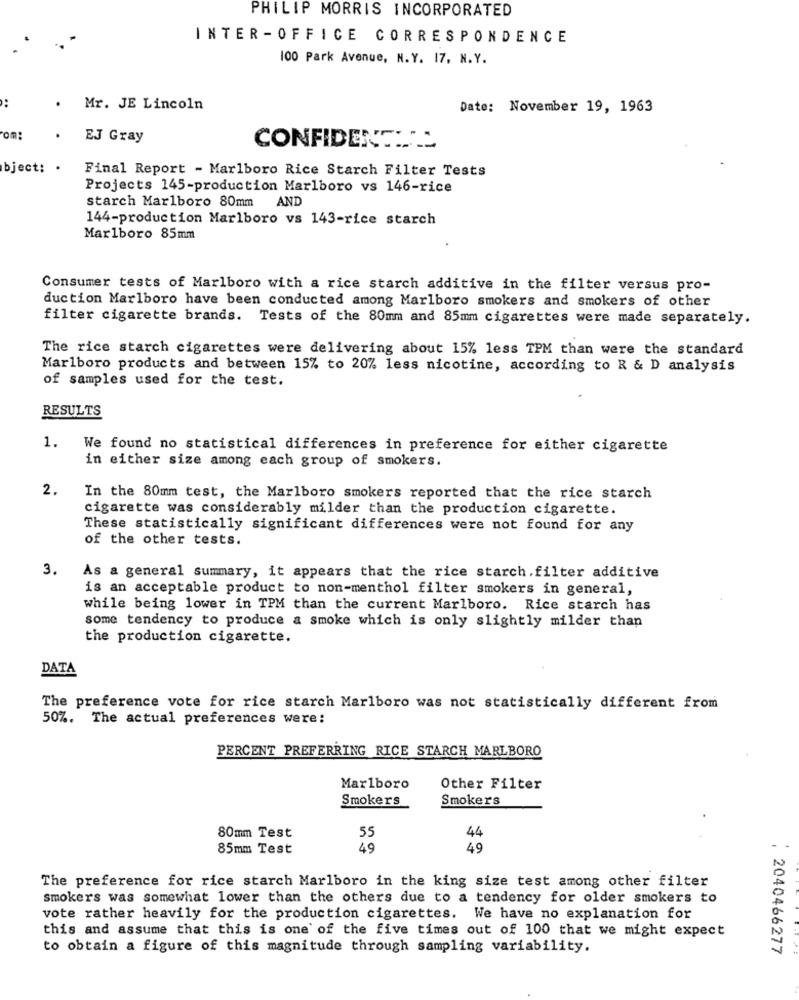
PHILIP MORRIS INCORPORATED
INTER-OFFICE CORRESPONDENCE
100 Park Avenue, N.Y. 17, N.Y.
..
.
Mr. JE Lincoln
Date: November 19, 1963
EJ Gray
CONFIDENT ___
bject: .
Final Report - Marlboro Rice Starch Filter Tests
Projects 145-production Marlboro vs 146-rice
starch Marlboro 80mm AND
144-production Marlboro vs 143-rice starch
Marlboro 85mm
Consumer tests of Marlboro with a rice starch additive in the filter versus pro-
duction Marlboro have been conducted among Marlboro smokers and smokers of other
filter cigarette brands. Tests of the 80mm and 85mm cigarettes were made separately.
The rice starch cigarettes were delivering about 15% less TPM than were the standard
Marlboro products and between 15% to 20% less nicotine, according to R & D analysis
of samples used for the test.
RESULTS
1. We found no statistical differences in preference for either cigarette
in either size among each group of smokers.
2.
In the 80mm test, the Marlboro smokers reported that the rice starch
cigarette was considerably milder than the production cigarette.
These statistically significant differences were not found for any
of the other tests.
3.
As a general summary, it appears that the rice starch.filter additive
is an acceptable product to non-menthol filter smokers in general,
while being lower in TPM than the current Marlboro. Rice starch has
some tendency to produce a smoke which is only slightly milder than
the production cigarette.
DATA
The preference vote for rice starch Marlboro was not statistically different from
50%. The actual preferences were:
PERCENT PREFERRING RICE STARCH MARLBORO
Marlboro
Other Filter
Smokers
Smokers
80mm Test
55
44
85mm Test
49
49
The preference for rice starch Marlboro in the king size test among other filter
smokers was somewhat lower than the others due to a tendency for older smokers to
vote rather heavily for the production cigarettes. We have no explanation for
this and assume that this is one of the five times out of 100 that we might expect
to obtain a figure of this magnitude through sampling variability.
, 2040466277